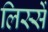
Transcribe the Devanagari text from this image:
लिस्सें